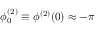
\phi _ { 0 } ^ { ( 2 ) } \equiv \phi ^ { ( 2 ) } ( 0 ) \approx - \pi